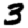
Digit: 3